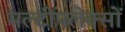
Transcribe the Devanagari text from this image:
मल्टीपलेक्सों